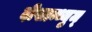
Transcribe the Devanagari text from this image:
दीखान्थ्युम्